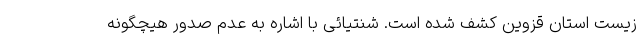
زیست استان قزوین کشف شده است. شنتیائی با اشاره به عدم صدور هیچگونه